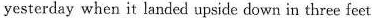
yesterday when it landed upside down in three feet